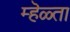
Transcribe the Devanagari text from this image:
म्हॆळ्ता